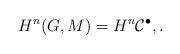
LaTeX: \begin{align*}H^n(G, M) = H^n \mathcal C^\bullet, .\end{align*}